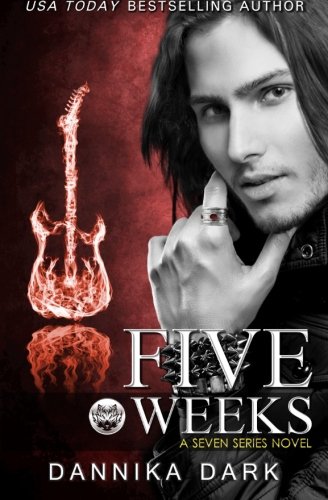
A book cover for Five Weeks (Seven Series #3); Dannika Dark; Science Fiction & Fantasy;